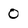
Character: 0